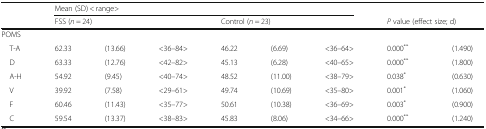
|  | <COLSPAN=6> Mean (SD) < range> |  |  |
 |  | <COLSPAN=3> FSS (n = 24) | <COLSPAN=3> Control (n = 23) | <COLSPAN=2> P value (effect size; d) |
 | --- | --- | --- | --- | --- | --- | --- | --- | --- |
 | <COLSPAN=9> POMS |
 | T-A | 62.33 | (13.66) | <36–84> | 46.22 | (6.69) | <36–64> | 0.000** | (1.490) |
 | D | 63.33 | (12.76) | <42–82> | 45.13 | (6.28) | <40–65> | 0.000** | (1.800) |
 | A-H | 54.92 | (9.45) | <40–74> | 48.52 | (11.00) | <38–79> | 0.038* | (0.630) |
 | V | 39.92 | (7.58) | <29–61> | 49.74 | (10.69) | <35–80> | 0.001* | (1.060) |
 | F | 60.46 | (11.43) | <35–77> | 50.61 | (10.38) | <36–69> | 0.003* | (0.900) |
 | C | 59.54 | (13.37) | <38–83> | 45.83 | (8.06) | <34–66> | 0.000** | (1.240) |